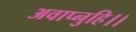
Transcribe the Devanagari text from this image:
अवाप्नुहि।।